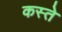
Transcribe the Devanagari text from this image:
कस्‍ते